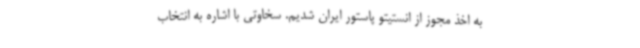
به اخذ مجوز از انستیتو پاستور ایران شدیم. سخاوتی با اشاره به انتخاب